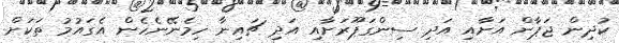
ކުދިން ޖަޕާން އަށާއި އަދި ސިންގަޕޫރަށާއި އަދި ޗައިނާ ހިމެނޭނެހެން އެގައުމު ތަކަށް